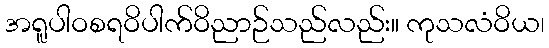
အရူပါဝစရဝိပါက်ဝိညာဉ်သည်လည်း။ ကုသလံဝိယ၊